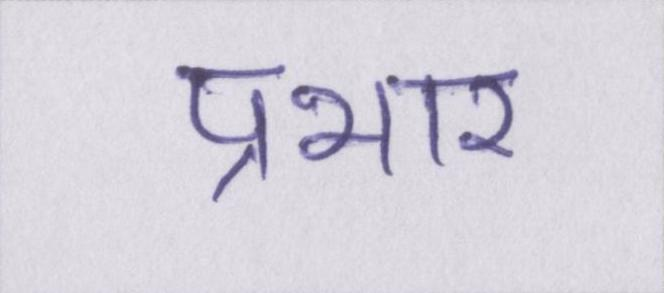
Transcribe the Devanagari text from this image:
प्रभार